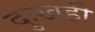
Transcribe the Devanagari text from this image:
दुःखही